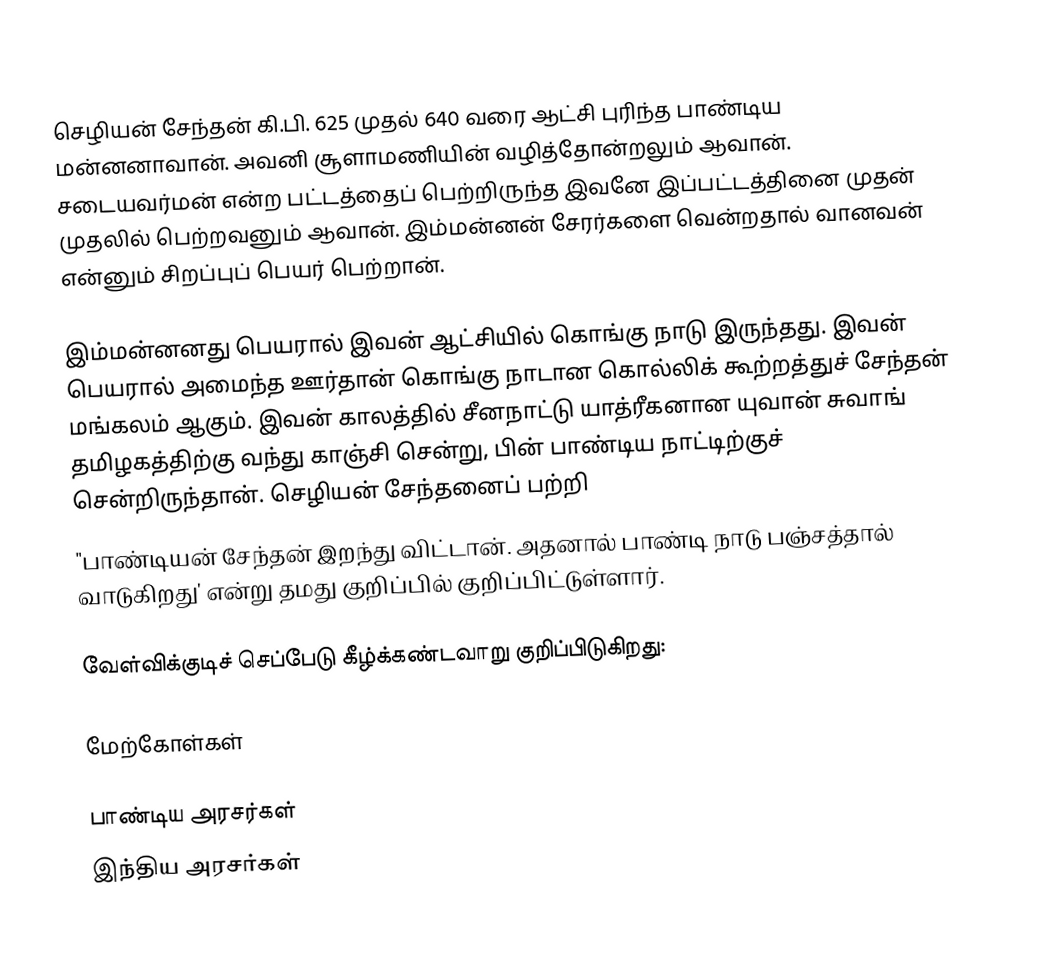
செழியன் சேந்தன் கி.பி. 625 முதல் 640 வரை ஆட்சி புரிந்த பாண்டிய மன்னனாவான். அவனி சூளாமணியின் வழித்தோன்றலும் ஆவான். சடையவர்மன் என்ற பட்டத்தைப் பெற்றிருந்த இவனே இப்பட்டத்தினை முதன் முதலில் பெற்றவனும் ஆவான். இம்மன்னன் சேரர்களை வென்றதால் வானவன் என்னும் சிறப்புப் பெயர் பெற்றான்.

இம்மன்னனது பெயரால் இவன் ஆட்சியில் கொங்கு நாடு இருந்தது. இவன் பெயரால் அமைந்த ஊர்தான் கொங்கு நாடான கொல்லிக் கூற்றத்துச் சேந்தன் மங்கலம் ஆகும். இவன் காலத்தில் சீனநாட்டு யாத்ரீகனான யுவான் சுவாங் தமிழகத்திற்கு வந்து காஞ்சி சென்று, பின் பாண்டிய நாட்டிற்குச் சென்றிருந்தான். செழியன் சேந்தனைப் பற்றி
"பாண்டியன் சேந்தன் இறந்து விட்டான். அதனால் பாண்டி நாடு பஞ்சத்தால் வாடுகிறது' என்று தமது குறிப்பில் குறிப்பிட்டுள்ளார்.

வேள்விக்குடிச் செப்பேடு கீழ்க்கண்டவாறு குறிப்பிடுகிறது:

மேற்கோள்கள்

பாண்டிய அரசர்கள்
இந்திய அரசர்கள்